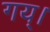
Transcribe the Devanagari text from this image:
गय्।